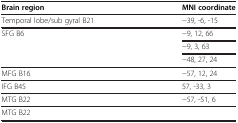
<table><thead><tr><td><b>Brain region</b></td><td><b>MNI coordinate</b></td></tr></thead><tbody><tr><td>Temporal lobe/sub gyral B21</td><td>−39, -6, -15</td></tr><tr><td>SFG B6</td><td>−9, 12, 66</td></tr><tr><td> </td><td>−9, 3, 63</td></tr><tr><td> </td><td>−48, 27, 24</td></tr><tr><td>MFG B16</td><td>−57, 12, 24</td></tr><tr><td>IFG B45</td><td>57, -33, 3</td></tr><tr><td>MTG B22</td><td>−57, -51, 6</td></tr><tr><td>MTG B22</td><td> </td></tr></tbody></table>